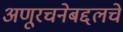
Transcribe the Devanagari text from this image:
अणूरचनेबद्दलचे